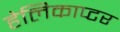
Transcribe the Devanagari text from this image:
हेलिकाप्‍टर